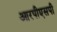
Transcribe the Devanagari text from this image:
आरपीएसपी